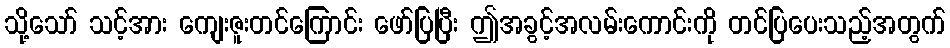
သို့သော် သင့်အား ကျေးဇူးတင်ကြောင်း ဖော်ပြပြီး ဤအခွင့်အလမ်းကောင်းကို တင်ပြပေးသည့်အတွက်